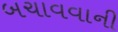
બચાવવાની